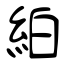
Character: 絈